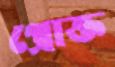
প্রোক্ত